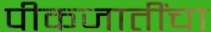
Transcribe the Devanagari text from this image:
पीकजातींचा